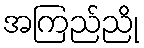
အကြည်ညို